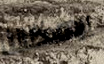
يمكننا